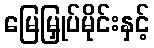
မြေမြှုပ်မိုင်းနှင့်